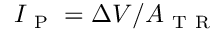
I _ { \mathrm { ~ P ~ } } = \Delta V / A _ { \mathrm { ~ T ~ R ~ } }